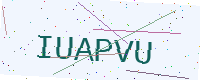
Text: IUAPVU